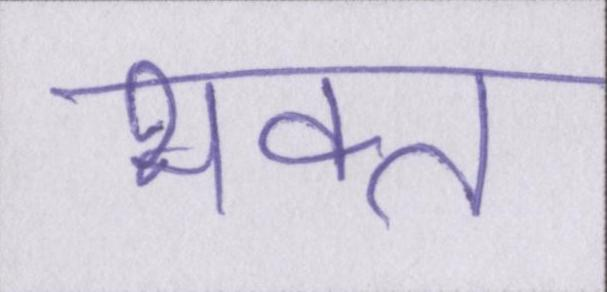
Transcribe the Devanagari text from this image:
भक्त